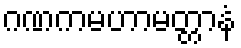
ဂဏကမဟာမတ္တာနံ